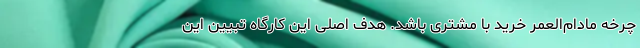
چرخه مادام‌العمر خرید با مشتری باشد. هدف اصلی این کارگاه تبیین این